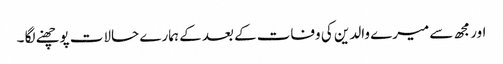
اور مجھ سے میرے والدین کی وفات کے بعد کے ہمارے حالات پوچھنے لگا ۔